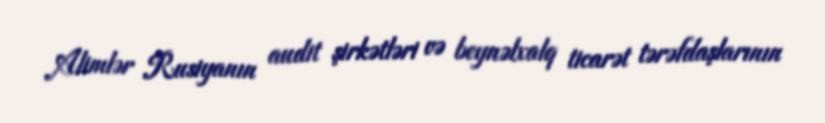
Alimlər Rusiyanın audit şirkətləri və beynəlxalq ticarət tərəfdaşlarının